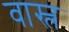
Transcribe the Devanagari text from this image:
वास्ल